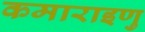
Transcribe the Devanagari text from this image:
कमाराइणु